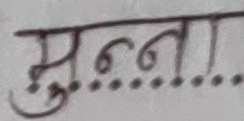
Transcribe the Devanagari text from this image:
मुन्ना